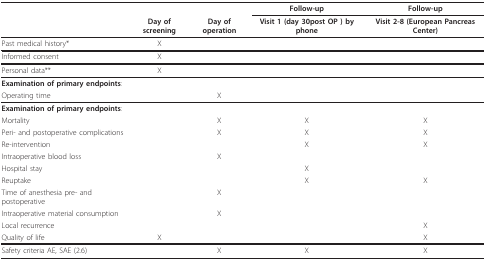
<table><thead><tr><td></td><td></td><td></td><td><b>Follow-up</b></td><td><b>Follow-up</b></td></tr><tr><td></td><td><b>Day of screening</b></td><td><b>Day of operation</b></td><td><b>Visit 1 (day 30post OP ) by phone</b></td><td><b>Visit 2-8 (European Pancreas Center)</b></td></tr></thead><tbody><tr><td>Past medical history*</td><td>X</td><td></td><td></td><td></td></tr><tr><td>Informed consent</td><td>X</td><td></td><td></td><td></td></tr><tr><td>Personal data**</td><td>X</td><td></td><td></td><td></td></tr><tr><td><b>Examination of primary endpoints</b>:</td><td></td><td></td><td></td><td></td></tr><tr><td>Operating time</td><td></td><td>X</td><td></td><td></td></tr><tr><td><b>Examination of primary endpoints</b>:</td><td></td><td></td><td></td><td></td></tr><tr><td>Mortality</td><td></td><td>X</td><td>X</td><td>X</td></tr><tr><td>Peri- and postoperative complications</td><td></td><td>X</td><td>X</td><td>X</td></tr><tr><td>Re-intervention</td><td></td><td></td><td>X</td><td>X</td></tr><tr><td>Intraoperative blood loss</td><td></td><td>X</td><td></td><td></td></tr><tr><td>Hospital stay</td><td></td><td></td><td>X</td><td></td></tr><tr><td>Reuptake</td><td></td><td></td><td>X</td><td>X</td></tr><tr><td>Time of anesthesia pre- and postoperative</td><td></td><td>X</td><td></td><td></td></tr><tr><td>Intraoperative material consumption</td><td></td><td>X</td><td></td><td></td></tr><tr><td>Local recurrence</td><td></td><td></td><td></td><td>X</td></tr><tr><td>Quality of life</td><td>X</td><td></td><td></td><td>X</td></tr><tr><td>Safety criteria AE, SAE (2.6)</td><td></td><td>X</td><td>X</td><td>X</td></tr></tbody></table>